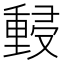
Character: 𰼜